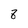
Character: 8